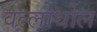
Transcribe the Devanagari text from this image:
वल्लाथोल